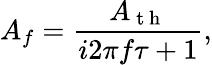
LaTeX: A_{f}=\frac{A_{\mathrm{~t~h~}}}{i2\pi f\tau+1},